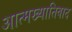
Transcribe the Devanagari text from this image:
आत्मख्यातिवाद